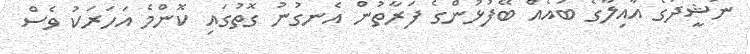
ނަޝީދުގެ އާއިލާގެ ބައެއް ބޭފުޅުންގެ ފަރާތުން އެނގުނު ގޮތުގައި ކޮންމެ އަހަރަކު ވެސް